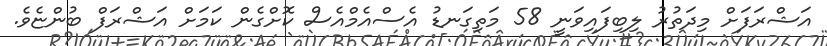
އަޝްރަފަށް މިދަތުރު ލިބިފައިވަނީ 58 މަތިގަނޑު އެސްއެމްއެސް ކޮށްގެން ކަމަށް އަޝްރަފް ބުންޏެވެ.